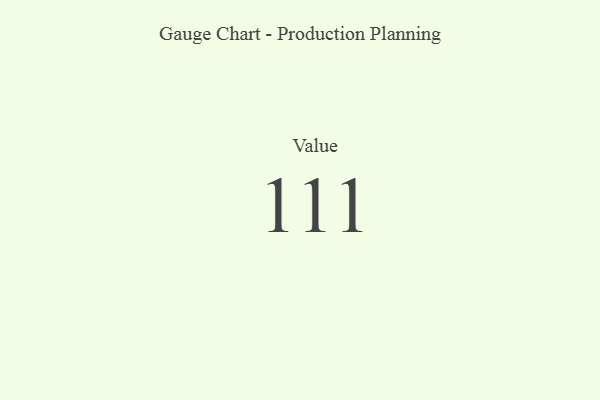
{"axis": {"x": "Metric", "y": "Value"}, "legend": [""], "data": [{"x": "Value", "y": 111, "type": ""}]}